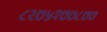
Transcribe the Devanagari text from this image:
८२७५१७७८७७